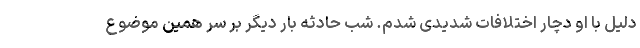
دلیل با او دچار اختلافات شدیدی شدم. شب حادثه بار دیگر بر سر همین موضوع